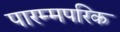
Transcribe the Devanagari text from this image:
पारम्मपरिक